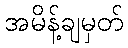
အမိန့်ချမှတ်